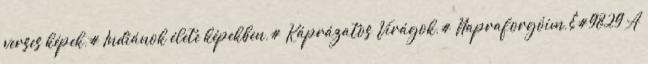
verses képek,# Indiánok élete képekben,# Káprázatos Virágok,# Napraforgóim,&#9829 A